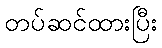
တပ်ဆင်ထားပြီး